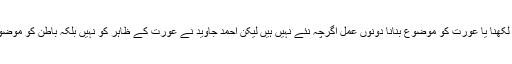
”عورت” پر لکھنا یا عورت کو موضوع بنانا دونوں عمل اگرچہ نئے نہیں ہیں لیکن احمد جاوید نے عورت کے ظاہر کو نہیں بلکہ باطن کو موضوع بنایا ہے۔